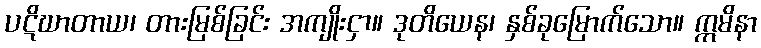
ပဋိဃာတာယ၊ တားမြစ်ခြင်း အကျိုးငှာ။ ဒုတိယေန၊ နှစ်ခုမြောက်သော။ ဣမိနာ